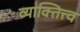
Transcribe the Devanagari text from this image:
व्याक्तित्त्व